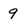
Character: 9